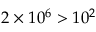
2 \times 1 0 ^ { 6 } > 1 0 ^ { 2 }